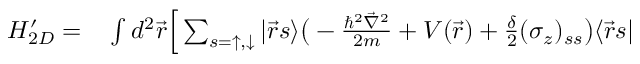
\begin{array} { r l } { H _ { 2 D } ^ { \prime } = } & { { } \int d ^ { 2 } \vec { r } \Big [ \sum _ { s = \uparrow , \downarrow } | \vec { r } s \rangle \bigr ( - \frac { \hbar ^ { 2 } \vec { \nabla } ^ { 2 } } { 2 m } + V ( \vec { r } ) + \frac { \delta } { 2 } ( \sigma _ { z } ) _ { s s } \bigr ) \langle \vec { r } s | } \end{array}